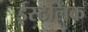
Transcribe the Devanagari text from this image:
ईस्टलिंक